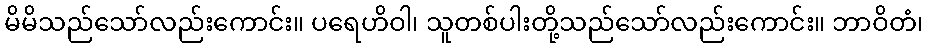
မိမိသည်သော်လည်းကောင်း။ ပရေဟိဝါ၊ သူတစ်ပါးတို့သည်သော်လည်းကောင်း။ ဘာဝိတံ၊